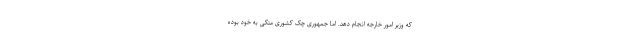
که وزیر امور خارجه انجام دهد. اما جمهوری چک کشوری متکی به خود بوده